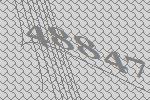
48847